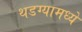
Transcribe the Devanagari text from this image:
थडग्यामध्ये